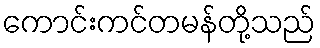
ကောင်းကင်တမန်တို့သည်